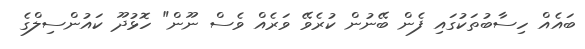
ބައެއް ހިސާބުތަކުގައި ފެން ބޭނުން ކުރެވޭ ވަރެއް ވެސް ނޫން" ހޮޅުދޫ ކައުންސިލްގެ